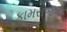
કામરાજનો